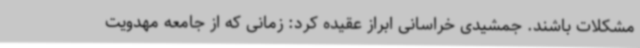
مشکلات باشند. جمشیدی خراسانی ابراز عقیده کرد: زمانی که از جامعه مهدویت